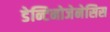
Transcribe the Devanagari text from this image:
डेन्टिनोजेनेसिस